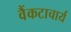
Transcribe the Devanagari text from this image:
वैंकटाचार्य